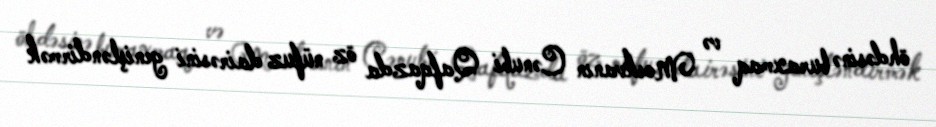
öhdəsinə buraxmaq və Moskvanın Cənubi Qafqazda öz nüfuz dairəsini genişləndirmək